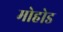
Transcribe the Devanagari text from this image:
मोहोड